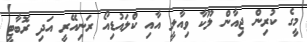
މީގެ ކުރިން ޖިއާން ލޫކާ ވިއާލީ އާއި ކްލައުޑިއޯ ރަނިއޭރީ އަދި ރޮބާޓީ